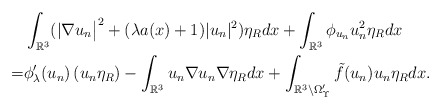
\begin{align*} \mbox{} & \int_{ \Bbb R^3 } ( | \nabla u_n \big|^{2 } + ( \lambda a(x) + 1 ) | u_n |^{ 2 } ) \eta_R dx+ \int_{\mathbb{R}^{3}}\phi_{u_n}u_n^{2}\eta_Rdx\\ = & \phi_\lambda'(u_n) \left( u_n \eta_R \right) - \int_{ \Bbb R^3 } u_n \nabla u_n \nabla \eta_R dx+ \int_{ \Bbb R^3 \setminus \Omega'_\Upsilon } \tilde{f}(u_n) u_n \eta_Rdx.\end{align*}